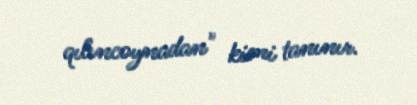
qılıncoynadan" kimi tanınır.